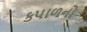
કપાળનો